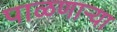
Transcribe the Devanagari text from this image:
पाळणार्‍या